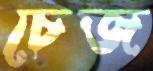
চেজ